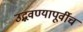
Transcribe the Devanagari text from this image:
उद्भवण्यापूर्वीच